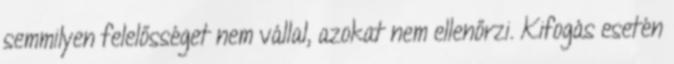
semmilyen felelősséget nem vállal, azokat nem ellenőrzi. Kifogás esetén